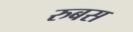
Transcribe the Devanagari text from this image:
रुबस